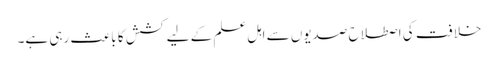
خلافت کی اصطلاح صدیوں سے اہل علم کے لیے کشش کا باعث رہی ہے۔